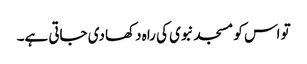
تو اس کو مسجد نبوی کی راہ دکھا دی جاتی ہے۔